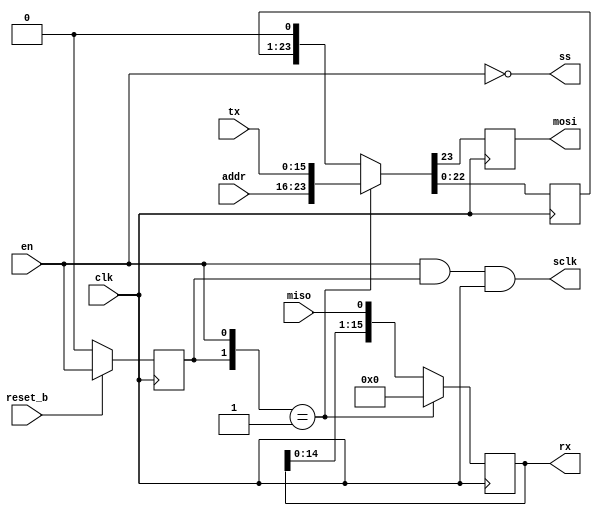
`timescale 1ns / 1ps

module spi_master #(parameter W_ADDR=8, W_DATA=16)(
  input wire clk
, input wire reset_b
, input wire [W_ADDR-1:0] addr
, input wire [W_DATA-1:0] tx
, output reg [W_DATA-1:0] rx
, input wire en
, output wire ss
, output wire sclk
, input wire miso
, output reg mosi
);

reg en_d;
wire en_pe;
assign en_pe = {en_d, en} == 2'b01;
always @(posedge clk) begin
  if (~reset_b)  en_d <= 1'b0;
  else           en_d <= en;
end

assign ss = ~en;
assign sclk = (en & en_d) & clk;

reg [7:0] cnt;
reg [W_ADDR + W_DATA - 2:0] data;
always @(negedge clk) begin
  if(en_pe) begin
    {mosi, data} <= {addr, tx};
    rx <= {W_DATA{1'b0}};
  end
  else begin
    {mosi, data} <= data << 1;
    rx <= {rx[W_DATA-2:0], miso};
  end
end

endmodule